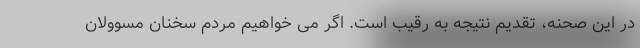
در این صحنه، تقدیم نتیجه به رقیب است. اگر می خواهیم مردم سخنان مسوولان